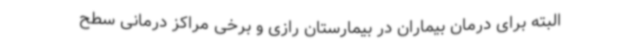
البته برای درمان بیماران در بیمارستان رازی و برخی مراکز درمانی سطح